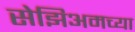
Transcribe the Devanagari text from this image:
सेझिअमच्या